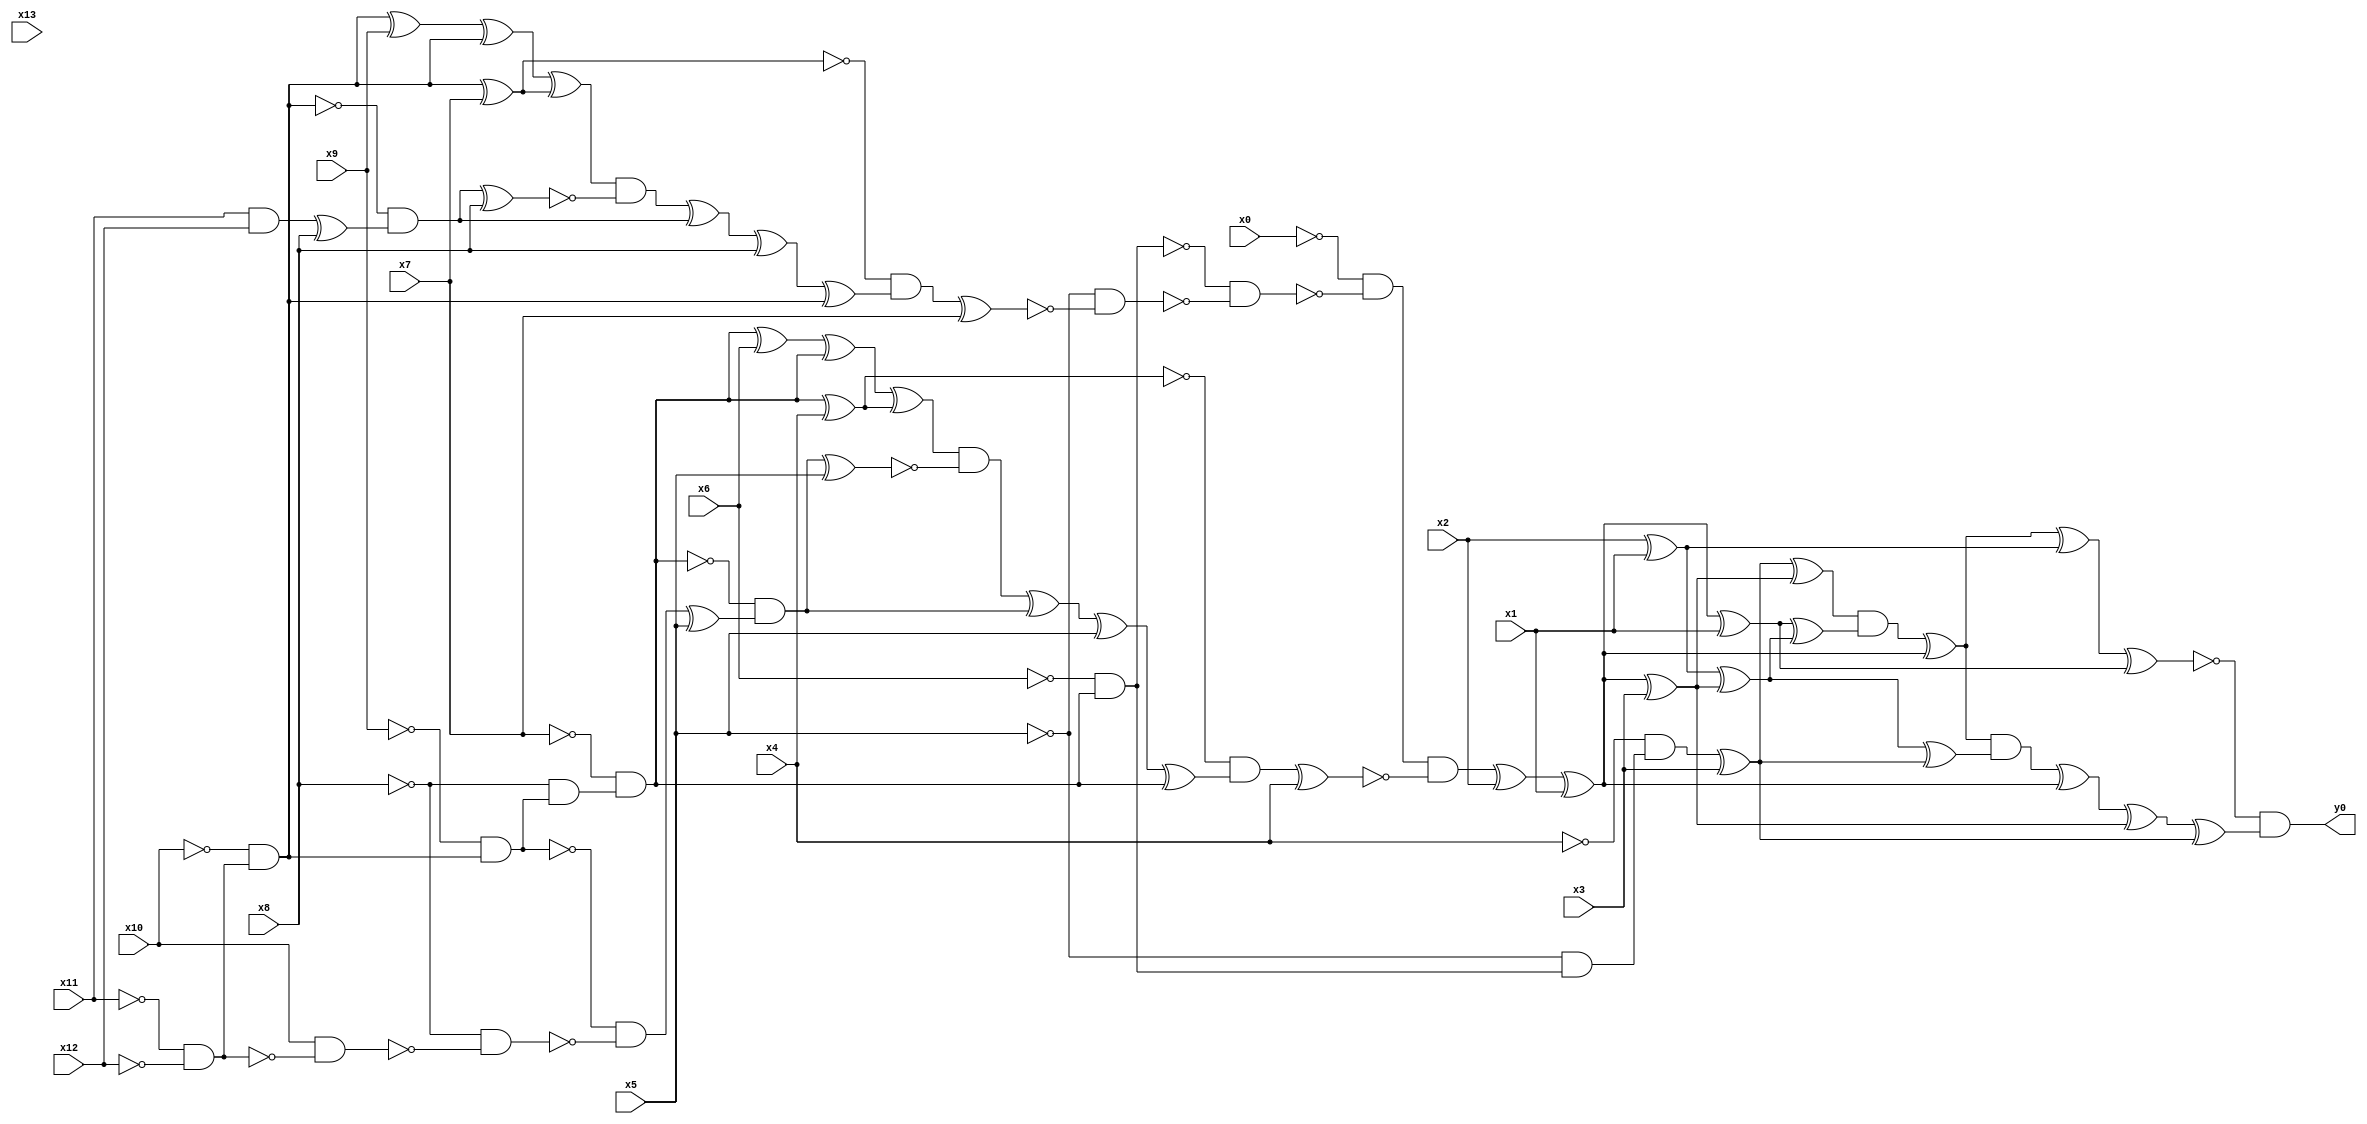
module top( x0 , x1 , x2 , x3 , x4 , x5 , x6 , x7 , x8 , x9 , x10 , x11 , x12 , x13 , y0 );
  input x0 , x1 , x2 , x3 , x4 , x5 , x6 , x7 , x8 , x9 , x10 , x11 , x12 , x13 ;
  output y0 ;
  wire n15 , n16 , n17 , n18 , n19 , n20 , n21 , n22 , n23 , n24 , n25 , n26 , n27 , n28 , n29 , n30 , n31 , n32 , n33 , n34 , n35 , n36 , n37 , n38 , n39 , n40 , n41 , n42 , n43 , n44 , n45 , n46 , n47 , n48 , n49 , n50 , n51 , n52 , n53 , n54 , n55 , n56 , n57 , n58 , n59 , n60 , n61 , n62 , n63 , n64 , n65 , n66 , n67 , n68 , n69 , n70 , n71 , n72 , n73 , n74 , n75 ;
  assign n15 = ~x11 & ~x12 ;
  assign n16 = ~x10 & n15 ;
  assign n17 = ~x9 & n16 ;
  assign n18 = ~x8 & n17 ;
  assign n19 = ~x7 & n18 ;
  assign n20 = ~x6 & n19 ;
  assign n58 = ~x5 & n20 ;
  assign n59 = ~x4 & n58 ;
  assign n60 = n59 ^ x3 ;
  assign n21 = n16 ^ x7 ;
  assign n22 = n16 ^ x9 ;
  assign n23 = n22 ^ n16 ;
  assign n24 = n23 ^ n21 ;
  assign n25 = x11 & x12 ;
  assign n26 = n25 ^ x8 ;
  assign n27 = ~n16 & n26 ;
  assign n28 = n27 ^ x8 ;
  assign n29 = n24 & ~n28 ;
  assign n30 = n29 ^ n27 ;
  assign n31 = n30 ^ x8 ;
  assign n32 = n31 ^ n16 ;
  assign n33 = ~n21 & n32 ;
  assign n34 = n33 ^ x7 ;
  assign n35 = ~x5 & ~n34 ;
  assign n36 = ~n20 & ~n35 ;
  assign n37 = ~x0 & ~n36 ;
  assign n38 = n19 ^ x4 ;
  assign n39 = n19 ^ x6 ;
  assign n40 = n39 ^ n19 ;
  assign n41 = n40 ^ n38 ;
  assign n42 = x10 & ~n15 ;
  assign n43 = ~x8 & ~n42 ;
  assign n44 = ~n17 & ~n43 ;
  assign n45 = n44 ^ x5 ;
  assign n46 = ~n19 & n45 ;
  assign n47 = n46 ^ x5 ;
  assign n48 = n41 & ~n47 ;
  assign n49 = n48 ^ n46 ;
  assign n50 = n49 ^ x5 ;
  assign n51 = n50 ^ n19 ;
  assign n52 = ~n38 & n51 ;
  assign n53 = n52 ^ x4 ;
  assign n54 = n37 & ~n53 ;
  assign n55 = n54 ^ x2 ;
  assign n56 = n55 ^ x1 ;
  assign n57 = n56 ^ x3 ;
  assign n61 = n60 ^ n57 ;
  assign n64 = n56 ^ x1 ;
  assign n62 = x2 ^ x1 ;
  assign n63 = n62 ^ n57 ;
  assign n65 = n64 ^ n63 ;
  assign n66 = n61 & n65 ;
  assign n67 = n66 ^ n56 ;
  assign n68 = n67 ^ n62 ;
  assign n69 = n68 ^ n64 ;
  assign n70 = n63 ^ n60 ;
  assign n71 = n67 & n70 ;
  assign n72 = n71 ^ n56 ;
  assign n73 = n72 ^ n57 ;
  assign n74 = n73 ^ n60 ;
  assign n75 = ~n69 & n74 ;
  assign y0 = n75 ;
endmodule